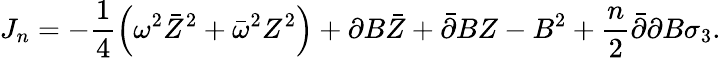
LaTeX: J_{n}=-\frac 14\left(\omega^{2}\bar{Z}^{2}+\bar{\omega}^{2}Z^{2}\right)+\partial B\bar{Z}+\bar{\partial}BZ-B^{2}+\frac n2\bar{\partial}\partial B\sigma_{3}.